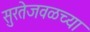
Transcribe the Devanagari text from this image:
सुरतेजवळच्या